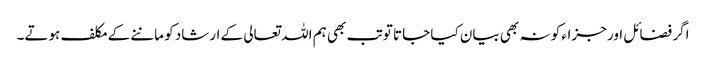
اگر فضائل اور جزاء کو نہ بھی بیان کیا جاتا تو تب بھی ہم اللہ تعالی کے ارشاد کو ماننے کے مکلف ہوتے۔